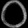
Digit: ၀